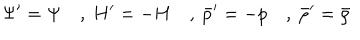
\Psi ^ { \prime } = \Psi \quad , ~ H ^ { \prime } = - H \quad , ~ { \bar { p } ^ { \prime } } = - p \quad , ~ { \bar { \rho } ^ { \prime } } = { \bar { \rho } }